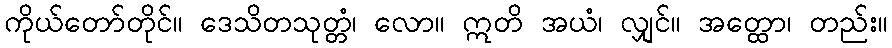
ကိုယ်တော်တိုင်။ ဒေသိတသုတ္တံ၊ လော။ ဣတိ အယံ၊ လျှင်။ အတ္ထော၊ တည်း။